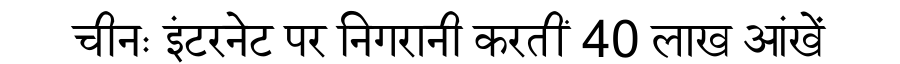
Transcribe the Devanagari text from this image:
चीनः इंटरनेट पर निगरानी करतीं 40 लाख आंखें